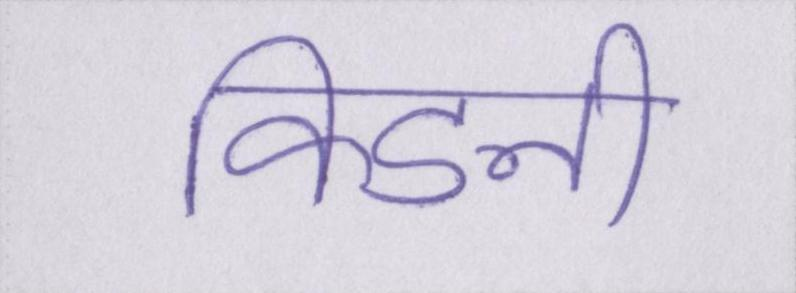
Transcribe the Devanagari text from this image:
किडनी